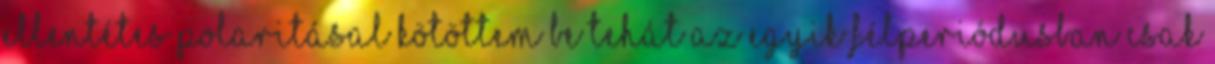
ellentétes polaritásal kötöttem be tehát az egyik félperiódusban csak